画像に写った文字を読んでください
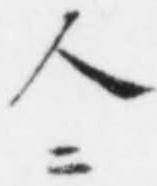
「人ニ」と書いてあります